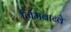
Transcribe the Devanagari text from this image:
ज़िमबाब्वे